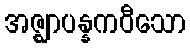
အဇ္ဈာပန္နကဝီသော